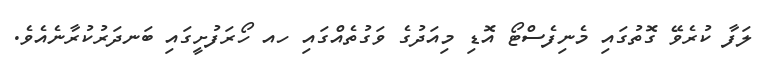
ލަފާ ކުރެވޭ ގޮތުގައި މެނިފެސްޓޯ އޮޑި މިއަދުގެ ވަގުތެއްގައި ހއ ހޯރަފުށީގައި ބަނދަރުކުރާނެއެވެ.